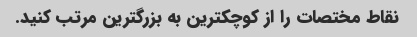
نقاط مختصات را از کوچکترین به بزرگترین مرتب کنید.